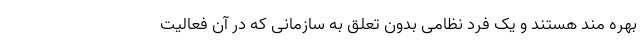
بهره مند هستند و یک فرد نظامی بدون تعلق به سازمانی که در آن فعالیت